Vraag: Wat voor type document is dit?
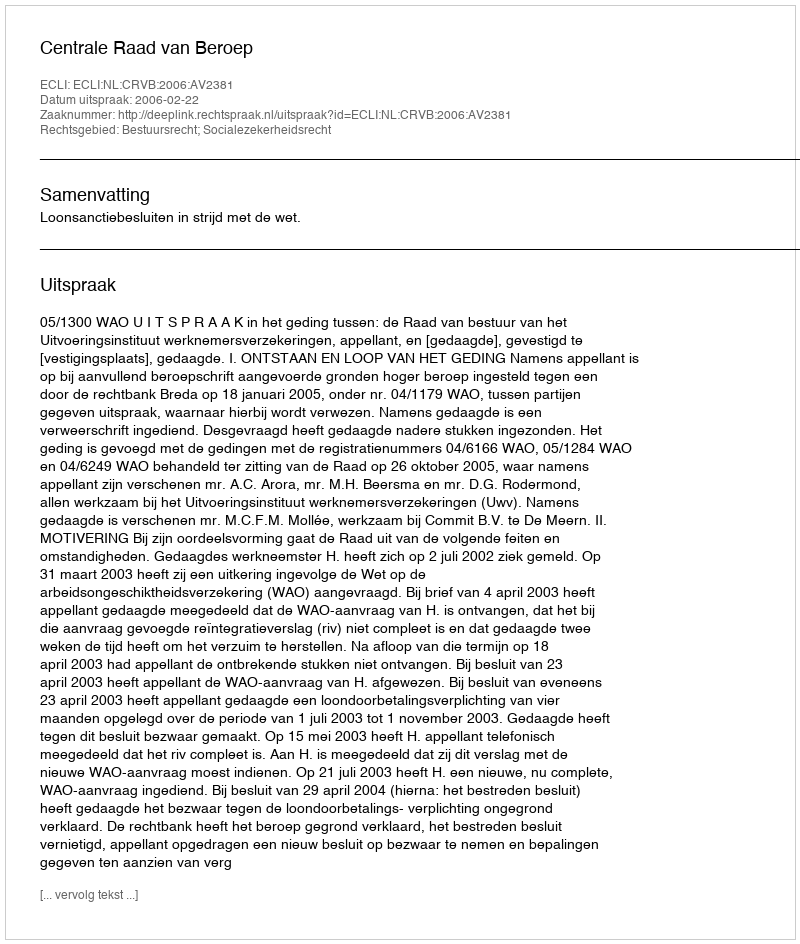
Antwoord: Uitspraak